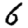
Digit: 6